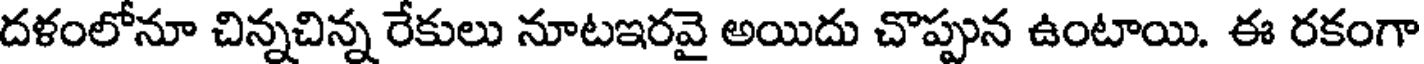
దళంలోనూ చిన్నచిన్న రేకులు నూటఇరవై అయిదు చొప్పున ఉంటాయి. ఈ రకంగా